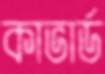
কাভার্ড